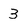
Character: 3